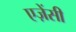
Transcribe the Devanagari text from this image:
एज़ेंसी